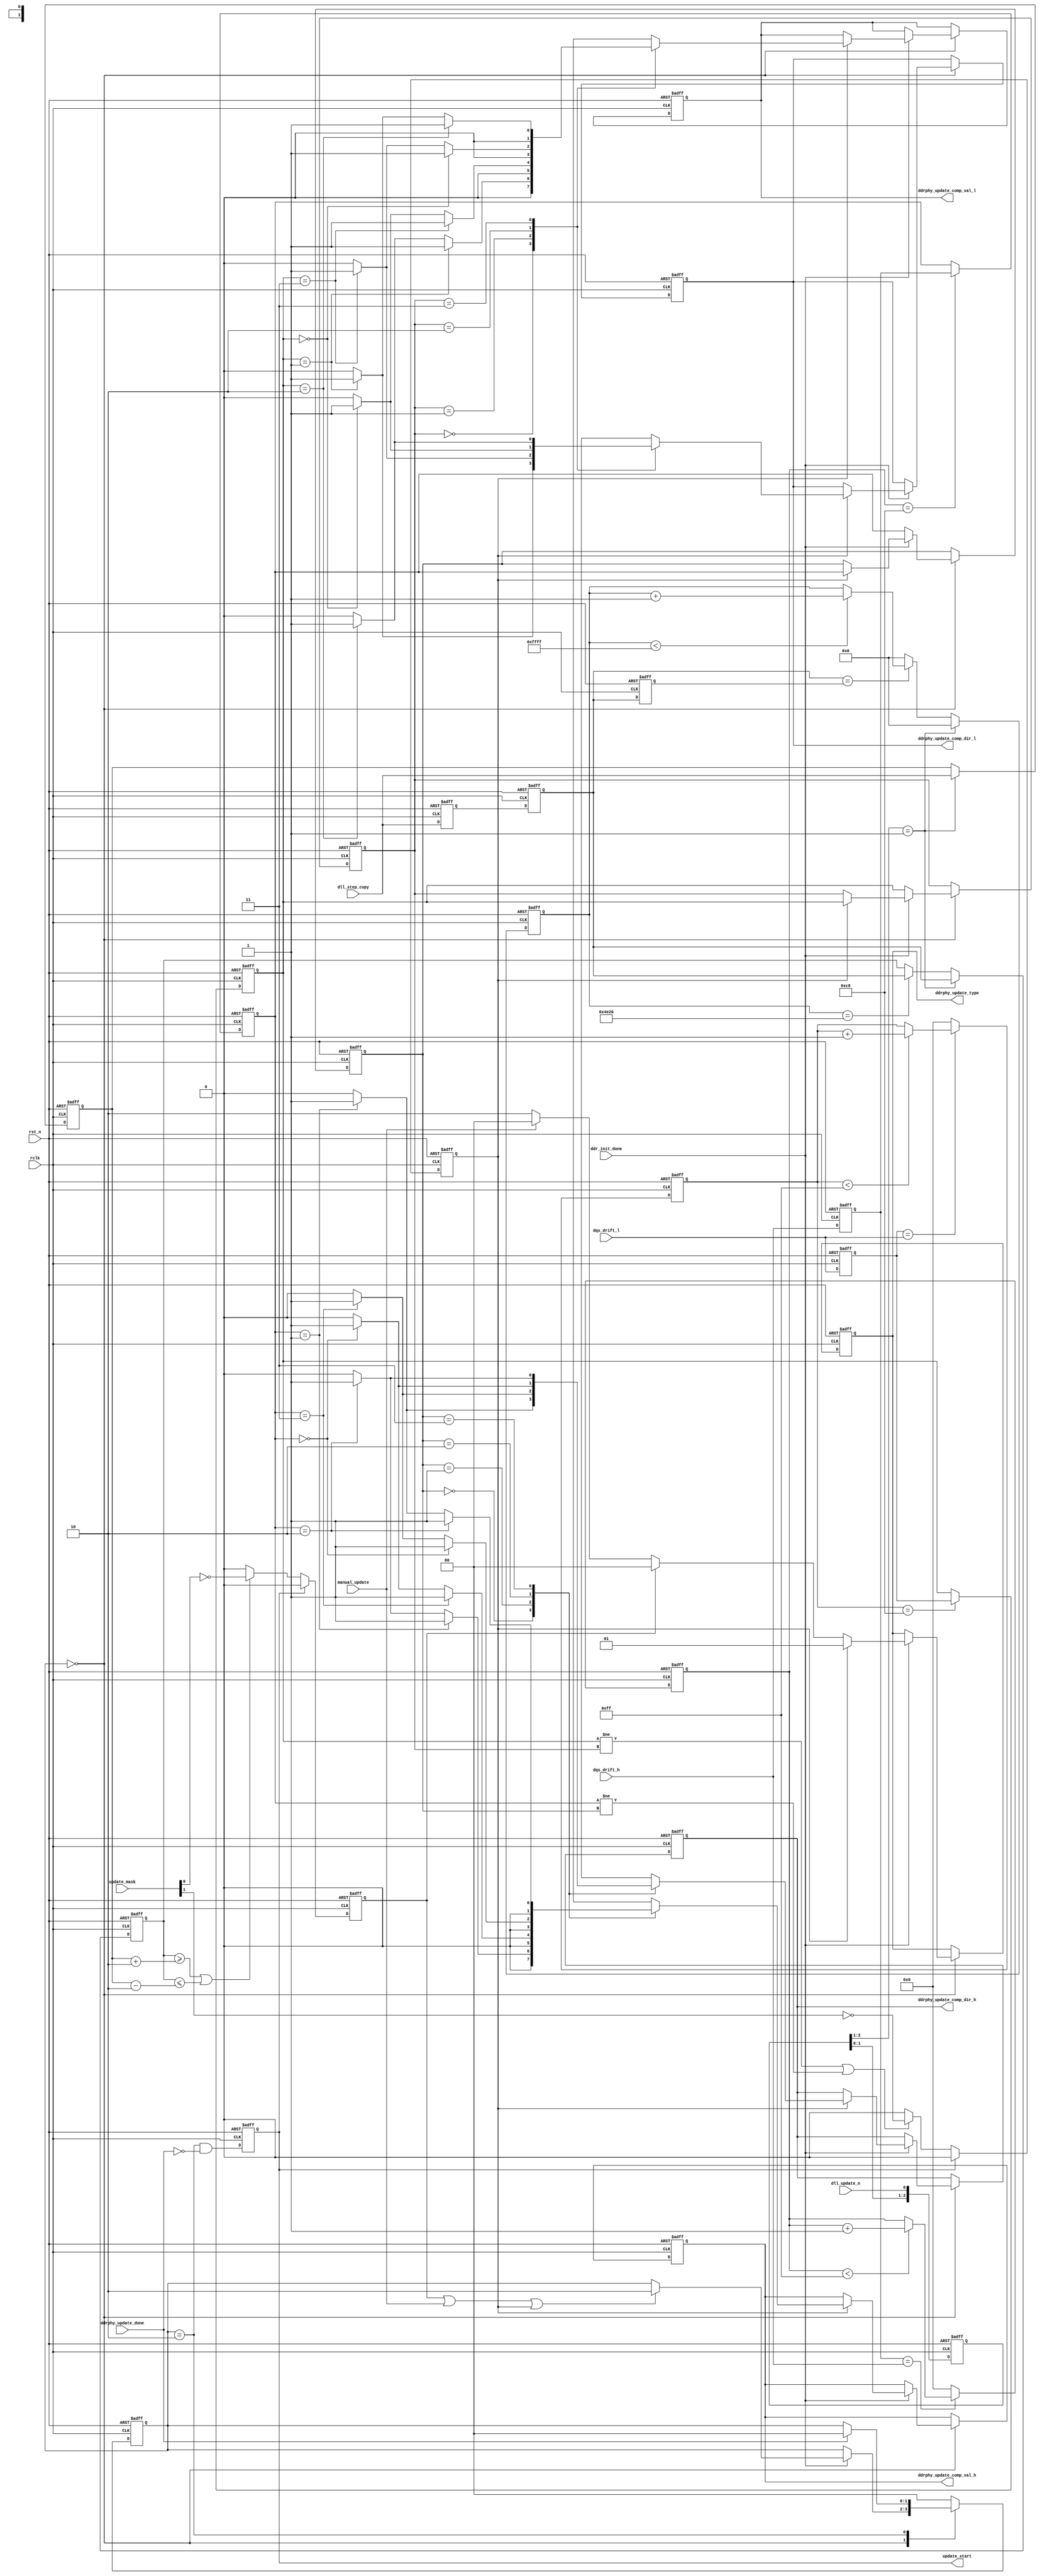
//////////////////////////////////////////////////////////////////////////////
//
// Copyright (c) 2019 PANGO MICROSYSTEMS, INC
// ALL RIGHTS RESERVED.
//
// THE SOURCE CODE CONTAINED HEREIN IS PROPRIETARY TQ PANGO MICROSYSTEMS, INC.
// IT SHALL NOT BE REPRODUCED OR DISCLOSED IN WHOLE OR IN PART OR USED BY
// PARTIES WITHOUT WRITTEN AUTHORIZATION FROM THE OWNER.
//
/////////////////////////////////////////////////////////////////////////////
// Revision:1.0(initial)
//
//////////////////////////////////////////////////////////////////////////////

`timescale 1ps/1ps

module ipsl_hmic_h_ddrphy_update_ctrl_v1_1 
#(
parameter  DATA_WIDTH   ="16BIT" //"16BIT","8BIT"
)(
input rclk,
input rst_n,
input dll_update_n,
input ddr_init_done,
input [7:0] dll_step_copy, //from DLL to monitor outputs
input [1:0] dqs_drift_l,
input [1:0] dqs_drift_h,
input  manual_update,
input  [2:0] update_mask,
output reg update_start,
output reg [1:0] ddrphy_update_type,
output reg [1:0] ddrphy_update_comp_val_l,
output reg ddrphy_update_comp_dir_l,
output reg [1:0] ddrphy_update_comp_val_h ,
output reg ddrphy_update_comp_dir_h,
input  ddrphy_update_done
);

`ifdef SIMULATION
localparam DLL_DELAY_CNT = 16'd20; 
`else
localparam DLL_DELAY_CNT = 16'd20000;
`endif

localparam DLL_OFFSET = 2; //offset between dll_step&dll_step_copy for dll_update generation
localparam IDLE       = 0;
localparam REQ        = 1;
localparam UPDATE     = 2;
localparam WAIT_END   = 3;

localparam DQSH_REQ_EN = (DATA_WIDTH=="16BIT") ? 1'b1 : 1'b0;

reg [7:0] last_dll_step;
reg [7:0] dll_step_copy_d1;
reg [7:0] dll_step_copy_d2;
reg [7:0] dll_step_copy_d3;
reg [7:0] dll_step_copy_synced;
reg [15:0] dll_cnt;
reg [1:0] dqs_drift_l_d1;
reg [1:0] dqs_drift_h_d1;
reg [7:0] dqs_drift_l_cnt;
reg [7:0] dqs_drift_h_cnt;
reg [1:0] dqs_drift_l_now;
reg [1:0] dqs_drift_h_now;
reg [1:0] dqs_drift_l_last;
reg [1:0] dqs_drift_h_last;
reg dll_req;
reg dqsi_dpi_mon_req;
reg dly_loop_mon_req;
reg [1:0] state;
reg dqs_drift_req;

reg [1:0] ddrphy_update_comp_val_l_d;
reg ddrphy_update_comp_dir_l_d;
reg [1:0] ddrphy_update_comp_val_h_d ;
reg ddrphy_update_comp_dir_h_d;
reg [2:0] dll_update_d;
wire [7:0] dll_step_minus;
wire [7:0] dll_step_plus;
wire dll_update_pos;

always @(posedge rclk or negedge rst_n)
begin
    if(!rst_n)
        dll_update_d <= 3'b000;
    else
        dll_update_d <= {dll_update_d[1:0],dll_update_n};
end

assign dll_update_pos = dll_update_d[2:1] == 2'b01;

always @(posedge rclk or negedge rst_n)
begin
    if(!rst_n)begin
        last_dll_step <= 8'd0;
    end
    else if(dll_update_pos) begin
        last_dll_step <= dll_step_copy;
    end
end


//**********************************************************************************
//DLL update request generation
always @(posedge rclk or negedge rst_n)
begin
   if (!rst_n) begin
   	dll_step_copy_d1     <= 8'd0;
   	dll_step_copy_d2     <= 8'd0;
   	dll_step_copy_d3     <= 8'd0;
   end
   else begin
   	dll_step_copy_d1     <= dll_step_copy;
   	dll_step_copy_d2     <= dll_step_copy_d1;
   	dll_step_copy_d3     <= dll_step_copy_d2;
   end
end


always @(posedge rclk or negedge rst_n)
begin
 if (!rst_n) 
 dll_cnt<= 16'd0; 
 else if(dll_update_pos)
 dll_cnt<= 16'd0;
 else if(dll_step_copy_d2 == dll_step_copy_d3)
 begin
    if(dll_cnt < 16'd65535)
    dll_cnt <= dll_cnt + 16'd1;
 end
 else
 dll_cnt<= 16'd0;
end

always @(posedge rclk or negedge rst_n)
begin
 if (!rst_n)
 dll_step_copy_synced <= 8'd0;
 else if(dll_update_pos)
 dll_step_copy_synced <= dll_step_copy_d2;
 else if(dll_cnt == DLL_DELAY_CNT)
 dll_step_copy_synced <= dll_step_copy_d2;
end

assign dll_step_minus = last_dll_step - DLL_OFFSET;
assign dll_step_plus  = last_dll_step + DLL_OFFSET;

always @(posedge rclk or negedge rst_n)
begin
   if (!rst_n) begin
   	dll_req <= 1'b0;
   end
   else begin
   	if (~update_start) begin
         if ((dll_step_copy_synced >= dll_step_plus) || (dll_step_copy_synced <= dll_step_minus))
            dll_req <= ~update_mask[0];
         else
         dll_req <= 1'b0;
   	end
   	else begin
         dll_req <= 1'b0;
   	end
   end
end

always @(posedge rclk or negedge rst_n)
begin
 if (!rst_n) begin
    dqs_drift_l_d1 <= 2'b00; 
    dqs_drift_l_now <= 2'b00;       
 end
 else begin
    dqs_drift_l_d1 <= dqs_drift_l; 
    if(dqs_drift_l_cnt == 8'd200)
    dqs_drift_l_now <= dqs_drift_l_d1;   
 end
end

always @(posedge rclk or negedge rst_n)
begin
 if (!rst_n) begin
    dqs_drift_l_cnt<= 8'd0;      
 end
 else begin   
    if(dqs_drift_l_d1==dqs_drift_l) begin
       if(dqs_drift_l_cnt < 8'd255) 
       dqs_drift_l_cnt <= dqs_drift_l_cnt + 8'd1;
    end
    else dqs_drift_l_cnt <= 8'd0;
 end
end

always @(posedge rclk or negedge rst_n)
begin
 if (!rst_n) begin
    dqs_drift_h_d1 <= 2'b00; 
    dqs_drift_h_now <= 2'b00;       
 end
 else begin
    dqs_drift_h_d1 <= dqs_drift_h; 
    if(dqs_drift_h_cnt == 8'd200)
    dqs_drift_h_now <= dqs_drift_h_d1;   
 end
end

always @(posedge rclk or negedge rst_n)
begin
 if (!rst_n) begin
    dqs_drift_h_cnt<= 8'd0;      
 end
 else begin   
    if(dqs_drift_h_d1==dqs_drift_h) begin
       if(dqs_drift_h_cnt < 8'd255) 
       dqs_drift_h_cnt <= dqs_drift_h_cnt + 8'd1;
    end
    else dqs_drift_h_cnt <= 8'd0;
 end
end

always @(posedge rclk or negedge rst_n)
begin
   if (!rst_n) begin
   	dqs_drift_req <= 1'b0;
   end
   else begin
   	if (~update_start) begin
         if ((dqs_drift_l_now != dqs_drift_l_last)||((dqs_drift_h_now != dqs_drift_h_last) & DQSH_REQ_EN))
         begin
            dqs_drift_req <= ~update_mask[1];
         end 
         else
           dqs_drift_req <= 0;
   	end
   	else begin
         dqs_drift_req <= 1'b0;
   	end
   end
end

always @(dqs_drift_l_last or dqs_drift_l_now)
begin
    case (dqs_drift_l_last)
        2'b00:begin
            if (dqs_drift_l_now == 2'b01) begin
               ddrphy_update_comp_val_l_d = 2'b1;
               ddrphy_update_comp_dir_l_d = 1'b1; 
            end
            else if (dqs_drift_l_now == 2'b10) begin
               ddrphy_update_comp_val_l_d = 2'b1;
               ddrphy_update_comp_dir_l_d = 1'b0;                 
            end
            else begin
               ddrphy_update_comp_val_l_d = 2'b0;
               ddrphy_update_comp_dir_l_d = 1'b0;  
            end
        end
        2'b01:begin
             if (dqs_drift_l_now == 2'b11) begin
               ddrphy_update_comp_val_l_d = 2'b1;
               ddrphy_update_comp_dir_l_d = 1'b1; 
            end
            else if (dqs_drift_l_now == 2'b00) begin
               ddrphy_update_comp_val_l_d = 2'b1;
               ddrphy_update_comp_dir_l_d = 1'b0;                 
            end
            else begin
               ddrphy_update_comp_val_l_d = 2'b0;
               ddrphy_update_comp_dir_l_d = 1'b0;  
            end
        end
        2'b10:begin
             if (dqs_drift_l_now == 2'b00) begin
               ddrphy_update_comp_val_l_d = 2'b1;
               ddrphy_update_comp_dir_l_d = 1'b1; 
            end
            else if (dqs_drift_l_now == 2'b11) begin
               ddrphy_update_comp_val_l_d = 2'b1;
               ddrphy_update_comp_dir_l_d = 1'b0;                 
            end
            else begin
               ddrphy_update_comp_val_l_d = 2'b0;
               ddrphy_update_comp_dir_l_d = 1'b0;  
            end            
        end
        2'b11:begin
             if (dqs_drift_l_now == 2'b10) begin
               ddrphy_update_comp_val_l_d = 2'b1;
               ddrphy_update_comp_dir_l_d = 1'b1; 
            end
            else if (dqs_drift_l_now == 2'b01) begin
               ddrphy_update_comp_val_l_d = 2'b1;
               ddrphy_update_comp_dir_l_d = 1'b0;                 
            end
            else begin
               ddrphy_update_comp_val_l_d = 2'b0;
               ddrphy_update_comp_dir_l_d = 1'b0;  
            end            
        end
        default: begin
               ddrphy_update_comp_val_l_d = 2'b0;
               ddrphy_update_comp_dir_l_d = 1'b0;             
        end
    endcase        
end


always @(dqs_drift_h_last or dqs_drift_h_now)
begin
    case (dqs_drift_h_last)
        2'b00:begin
            if (dqs_drift_h_now == 2'b01) begin
               ddrphy_update_comp_val_h_d = 2'b1;
               ddrphy_update_comp_dir_h_d = 1'b1; 
            end
            else if (dqs_drift_h_now == 2'b10) begin
               ddrphy_update_comp_val_h_d = 2'b1;
               ddrphy_update_comp_dir_h_d = 1'b0;                 
            end
            else begin
               ddrphy_update_comp_val_h_d = 2'b0;
               ddrphy_update_comp_dir_h_d = 1'b0;  
            end
        end
        2'b01:begin
             if (dqs_drift_h_now == 2'b11) begin
               ddrphy_update_comp_val_h_d = 2'b1;
               ddrphy_update_comp_dir_h_d = 1'b1; 
            end
            else if (dqs_drift_h_now == 2'b00) begin
               ddrphy_update_comp_val_h_d = 2'b1;
               ddrphy_update_comp_dir_h_d = 1'b0;                 
            end
            else begin
               ddrphy_update_comp_val_h_d = 2'b0;
               ddrphy_update_comp_dir_h_d = 1'b0;  
            end
        end
        2'b10:begin
             if (dqs_drift_h_now == 2'b00) begin
               ddrphy_update_comp_val_h_d = 2'b1;
               ddrphy_update_comp_dir_h_d = 1'b1; 
            end
            else if (dqs_drift_h_now == 2'b11) begin
               ddrphy_update_comp_val_h_d = 2'b1;
               ddrphy_update_comp_dir_h_d = 1'b0;                 
            end
            else begin
               ddrphy_update_comp_val_h_d = 2'b0;
               ddrphy_update_comp_dir_h_d = 1'b0;  
            end            
        end
        2'b11:begin
             if (dqs_drift_h_now == 2'b10) begin
               ddrphy_update_comp_val_h_d = 2'b1;
               ddrphy_update_comp_dir_h_d = 1'b1; 
            end
            else if (dqs_drift_h_now == 2'b01) begin
               ddrphy_update_comp_val_h_d = 2'b1;
               ddrphy_update_comp_dir_h_d = 1'b0;                 
            end
            else begin
               ddrphy_update_comp_val_h_d = 2'b0;
               ddrphy_update_comp_dir_h_d = 1'b0;  
            end            
        end
        default: begin
               ddrphy_update_comp_val_h_d = 2'b0;
               ddrphy_update_comp_dir_h_d = 1'b0;             
        end
    endcase        
end

//phy-initiated update interface
always @(posedge rclk or negedge rst_n)
begin
   if (!rst_n) begin
      state   <= IDLE;
   end
   else begin
      case (state)
         IDLE: begin
            if(ddr_init_done) begin
                if (dll_req | manual_update | dqs_drift_req)
                state <= UPDATE;
            end
         end
         UPDATE: begin
            if(ddrphy_update_done)
               state <= IDLE;
         end
         default: begin
            state <= IDLE;
        end
      endcase
   end
end

always @(posedge rclk or negedge rst_n)
begin
   if (!rst_n) begin
      ddrphy_update_type <= 2'b10;
      dqs_drift_l_last <= 2'b0;
      dqs_drift_h_last <= 2'b0;
      ddrphy_update_comp_val_l <= 2'b0;
      ddrphy_update_comp_dir_l <= 1'b0; 
      ddrphy_update_comp_val_h <= 2'b0;
      ddrphy_update_comp_dir_h <= 1'b0;
   end
   else if(state == IDLE) begin
            if(ddr_init_done) begin
            if(dqs_drift_req) begin
               ddrphy_update_comp_val_l <= ddrphy_update_comp_val_l_d;
               ddrphy_update_comp_dir_l <= ddrphy_update_comp_dir_l_d; 
               ddrphy_update_comp_val_h <= ddrphy_update_comp_val_h_d;
               ddrphy_update_comp_dir_h <= ddrphy_update_comp_dir_h_d;
               dqs_drift_l_last <= dqs_drift_l_now;
               dqs_drift_h_last <= dqs_drift_h_now; 
               ddrphy_update_type <= 2'b01;
            end
            else if(dll_req)
            ddrphy_update_type <= 2'b00;
            else if(manual_update)
            ddrphy_update_type <= 2'b00;
            else 
            ddrphy_update_type <= 2'b10;
            end
            else begin
                 dqs_drift_l_last <= dqs_drift_l_now;
                 dqs_drift_h_last <= dqs_drift_h_now;
            end            
   end
end


always @(posedge rclk or negedge rst_n)
   if (!rst_n) begin
//      dfi_phyupd_req <= 1'b0;
      update_start   <= 1'b0;
   end
   else begin
//      dfi_phyupd_req <= (state == REQ) || (state == UPDATE);
      update_start   <= ((state == UPDATE)) && (~ddrphy_update_done);
   end
   
endmodule